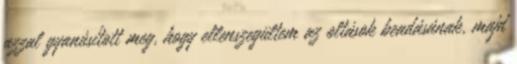
azzal gyanúsított meg, hogy ellenszegültem az oltások beadásának, majd